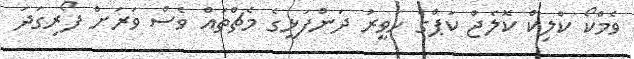
ވެމްކޯ ކްލިކް ކޮލެޖް ކަޕްގެ ހަވީރު ދަންފަޅީގެ މެޗްތައް ވެސް ވަރަށް ފޯރިގަދަ